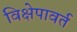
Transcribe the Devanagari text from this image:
विक्षेपावर्त